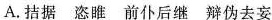
A.拮据 恣睢 前仆后继 辩伪去妄